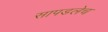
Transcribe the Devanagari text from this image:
सापडलेच